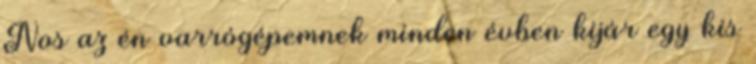
Nos az én varrógépemnek minden évben kijár egy kis